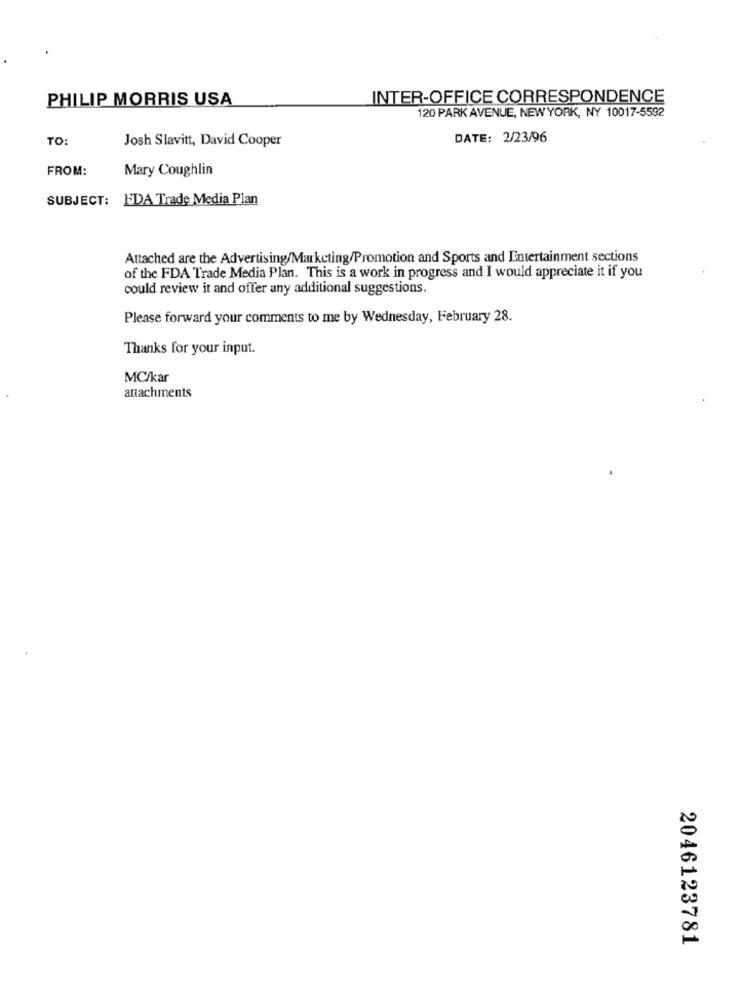
PHILIP MORRIS USA
INTER-OFFICE CORRESPONDENCE
120 PARK AVENUE, NEWYORK, NY 10017-5592
TO
Josh Slavitt, David Cooper
DATE: 2/23/96
FROM:
Mary Coughlin
SUBJECT: EDA Trade Media Plan
Attached are the Advertising/Marketing/Promotion and Sports and Entertainment sections
of the FDA Trade Media Plan. This is a work in progress and I would appreciate it if you
could review it and offer any additional suggestions.
Please forward your comments to me by Wednesday, February 28.
Thanks for your input.
MC/kar
attachments
2046123781